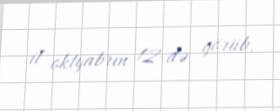
il oktyabrın 12-də görüb.